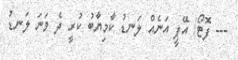
--- ފޮޓޯ/ އޭޕީ އަނެއް ލަނޑު ކާމިޔާބު ކުރީ ދެ ވަނަ ލަނޑު